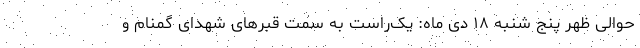
حوالی ظهر پنج شنبه ۱۸ دی ماه: یک‌راست به سمت قبرهای شهدای گمنام و